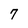
Character: 7